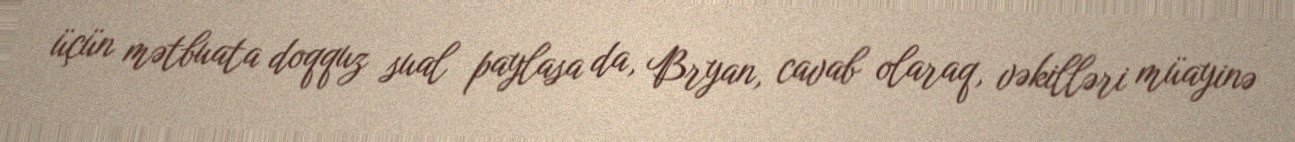
üçün mətbuata doqquz sual paylasa da, Bryan, cavab olaraq, vəkilləri müayinə